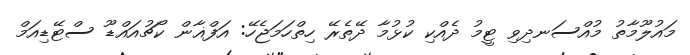
މައުލޫމާތު މުއްސަނދިވި ޓީމު ދެއްކި ކުޅުމާ ދޭތެރޭ ހިތްހަމަޖެހޭ: އަފްޣާން ކޯޗުއައްޑޫ ސްޓޭޑިއަމް